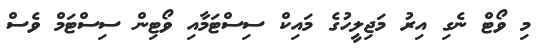
މި ވޯޓް ނެގި އިރު މަޖިލީހުގެ މައިކް ސިސްޓަމާއި ވޯޓިން ސިސްޓަމް ވެސް